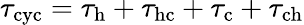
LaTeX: \tau_{\mathrm{cyc}}=\tau_{\mathrm{h}}+\tau_{\mathrm{hc}}+\tau_{\mathrm{c}}+\tau_{\mathrm{ch}}